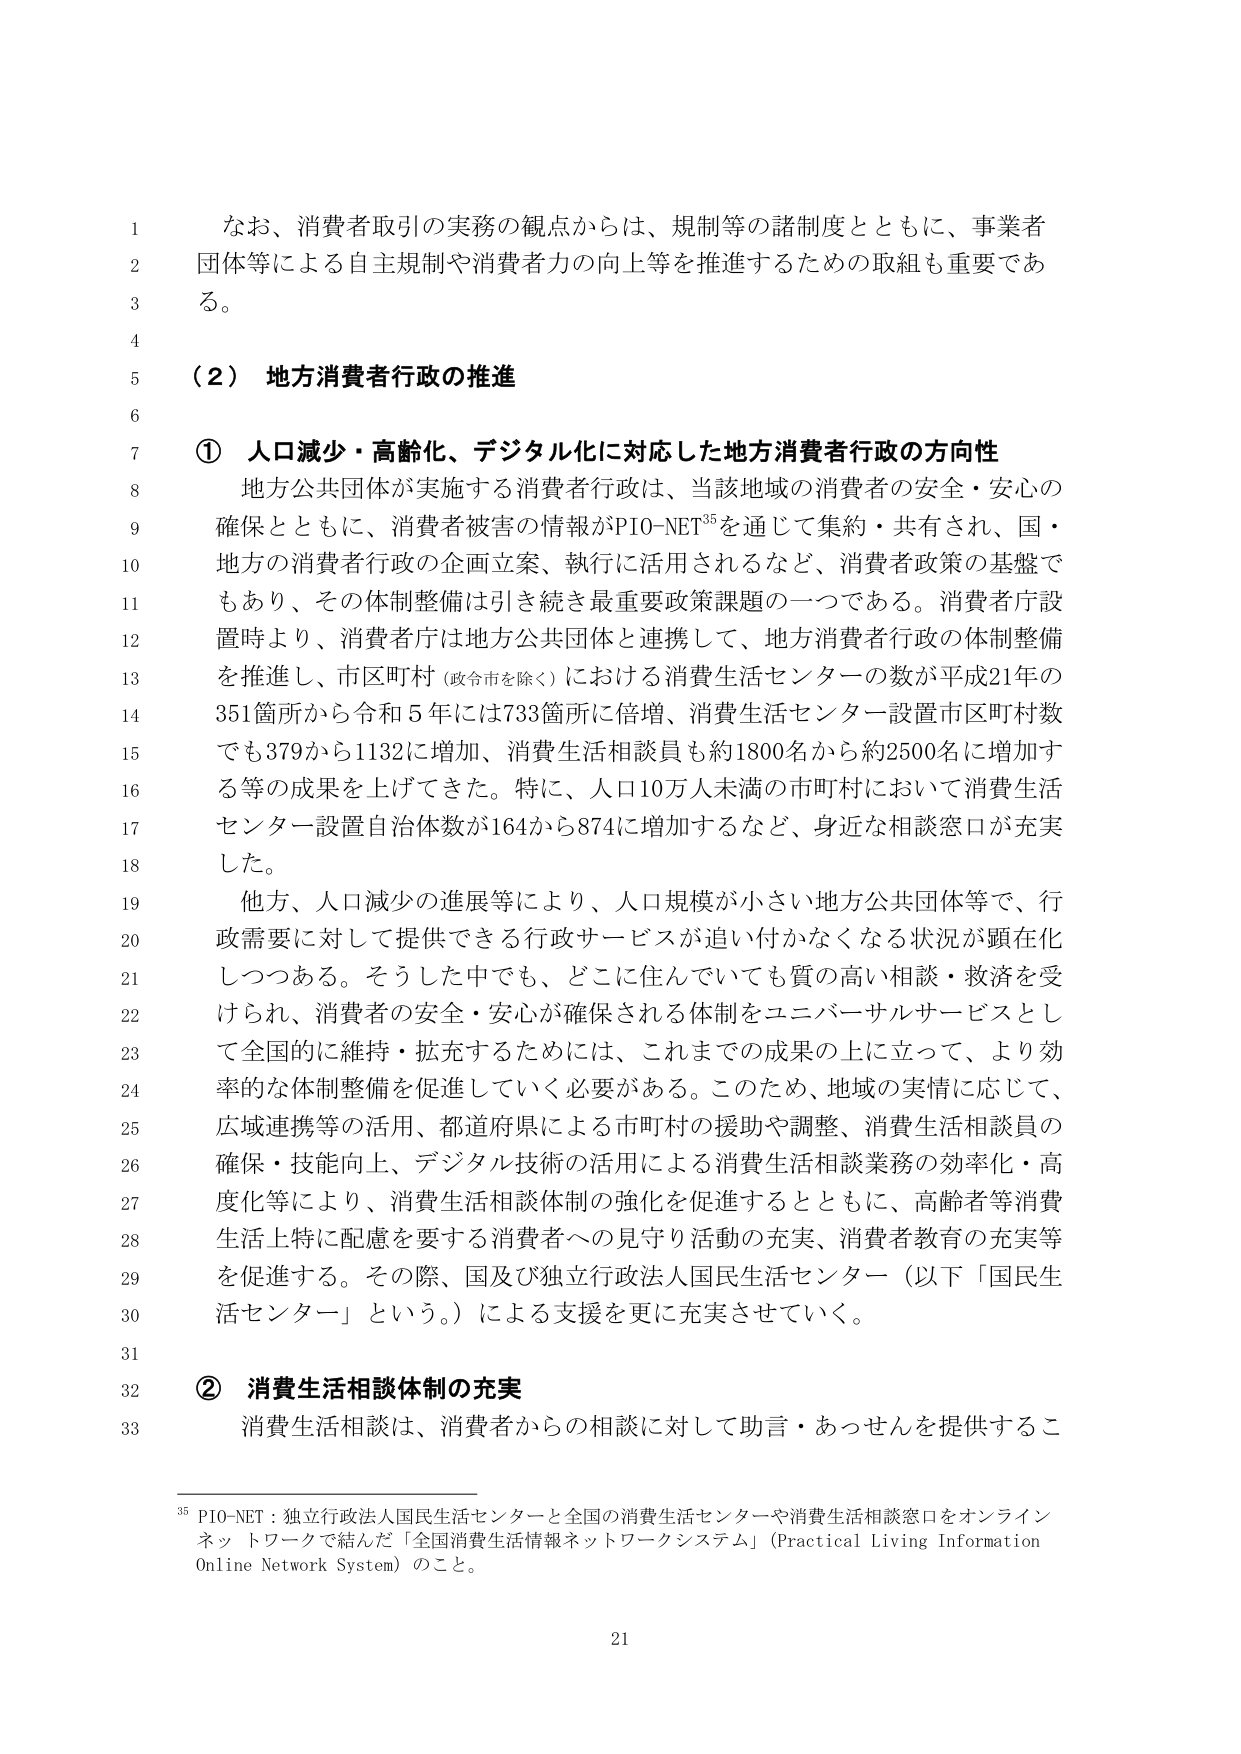
なお、消費者取引の実務の観点からは、規制等の諸制度とともに、事業者団体等による自主規制や消費者力の向上等を推進するための取組も重要である。

（２）地方消費者行政の推進

① 人口減少・高齢化、デジタル化に対応した地方消費者行政の方向性

地方公共団体が実施する消費者行政は、当該地域の消費者の安全・安心の確保とともに、消費者被害の情報がPIO-NET³⁵を通じて集約・共有され、国・地方の消費者行政の企画立案、執行に活用されるなど、消費者政策の基盤でもあり、その体制整備は引き続き最重要政策課題の一つである。消費者庁設置時より、消費者庁は地方公共団体と連携して、地方消費者行政の体制整備を推進し、市区町村（政令市を除く）における消費生活センターの数が平成21年の351箇所から令和5年には733箇所に倍増、消費生活センター設置市区町村数でも379から1132に増加、消費生活相談員も約1800名から約2500名に増加する等の成果を上げてきた。特に、人口10万人未満の市町村において消費生活センター設置自治体数が164から874に増加するなど、身近な相談窓口が充実した。

他方、人口減少の進展等により、人口規模が小さい地方公共団体等で、行政需要に対して提供できる行政サービスが追い付かなくなる状況が顕在化しつつある。そうした中でも、どこに住んでいても質の高い相談・救済を受けられ、消費者の安全・安心が確保される体制をユニバーサルサービスとして全国的に維持・拡充するためには、これまでの成果の上に立って、より効率的な体制整備を促進していく必要がある。このため、地域の実情に応じて、広域連携等の活用、都道府県による市町村の援助や調整、消費生活相談員の確保・技能向上、デジタル技術の活用による消費生活相談業務の効率化・高度化等により、消費生活相談体制の強化を促進するとともに、高齢者等消費生活上特に配慮を要する消費者への見守り活動の充実、消費者教育の充実等を促進する。その際、国及び独立行政法人国民生活センター（以下「国民生活センター」という。）による支援を更に充実させていく。

② 消費生活相談体制の充実

消費生活相談は、消費者からの相談に対して助言・あっせんを提供するこ

³⁵ PIO-NET：独立行政法人国民生活センターと全国の消費生活センターや消費生活相談窓口をオンラインネットワークで結んだ「全国消費生活情報ネットワークシステム」（Practical Living Information Online Network System）のこと。

21